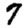
Digit: 7